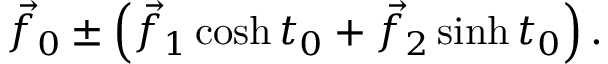
{ \vec { f } } _ { 0 } \pm \left( { \vec { f } } _ { 1 } \cosh t _ { 0 } + { \vec { f } } _ { 2 } \sinh t _ { 0 } \right) .